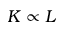
K \propto L